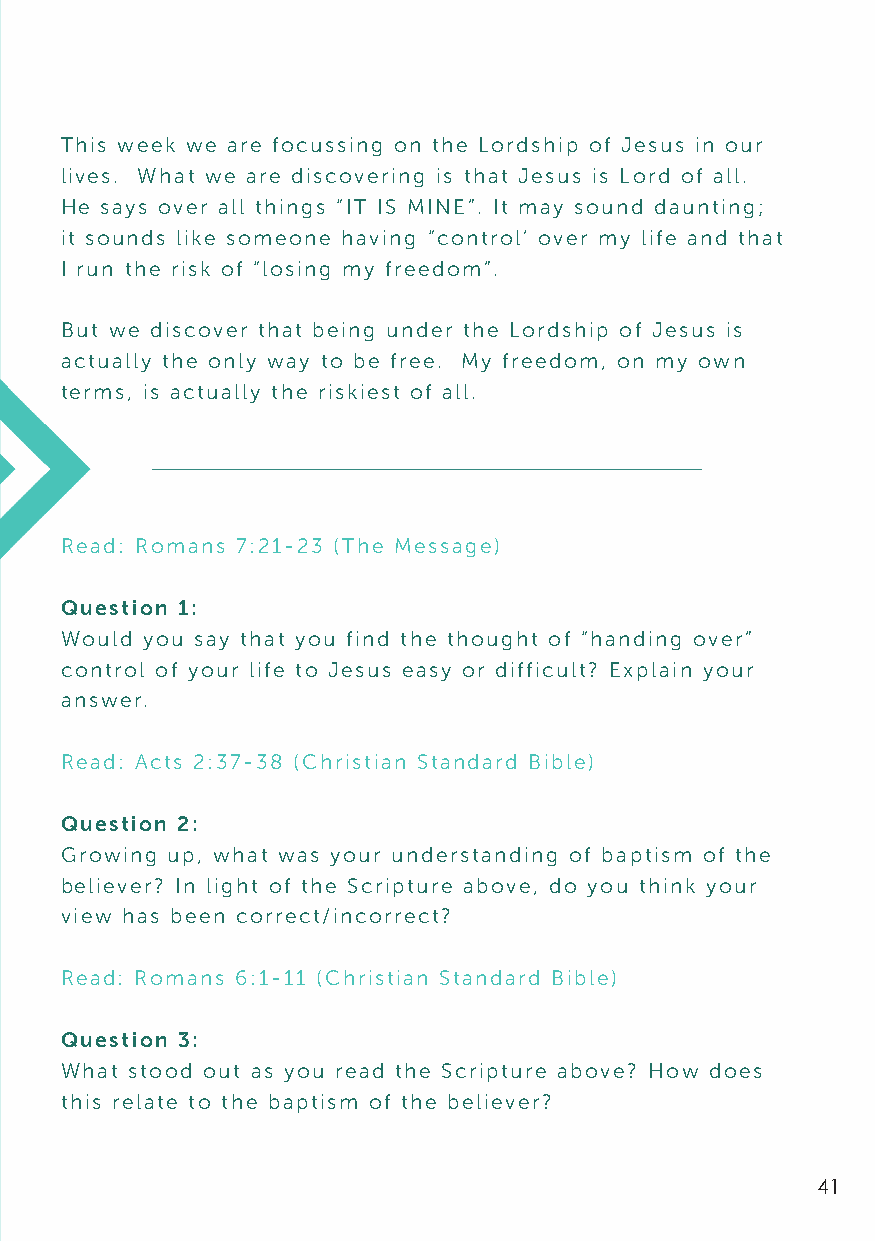
This week we are focussing on the Lordship of Jesus in our
 lives. What we are discovering is that Jesus is Lord of all.
 He says over all things “IT IS MINE”. It may sound daunting;
 it sounds like someone having “control’ over my life and that
 I run the risk of “losing my freedom”.
 But we discover that being under the Lordship of Jesus is
 actually the only way to be free. My freedom, on my own
 terms, is actually the riskiest of all.
 Read: Romans 7:21-23 (The Message)
 Question 1:
 Would you say that you find the thought of “handing over”
 control of your life to Jesus easy or difficult? Explain your
 answer.
 Read: Acts 2:37-38 (Christian Standard Bible)
 Question 2:
 Growing up, what was your understanding of baptism of the
 believer? In light of the Scripture above, do you think your
 view has been correct/incorrect?
 Read: Romans 6:1-11 (Christian Standard Bible)
 Question 3:
 What stood out as you read the Scripture above? How does
 this relate to the baptism of the believer?
 41